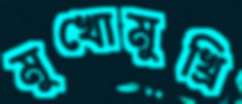
মুখোমুখ্রি